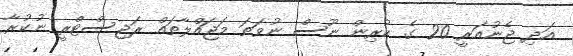
އަދި ޖެނުއަރީ 20 ގެ ކުރިން ނޫސް ނުވަތަ މަޖައްލާތައް ރަޖިސްޓްރީ ނުކުރާ